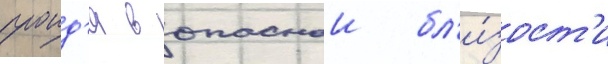
проид'я в опаснои бл'и́зост'и